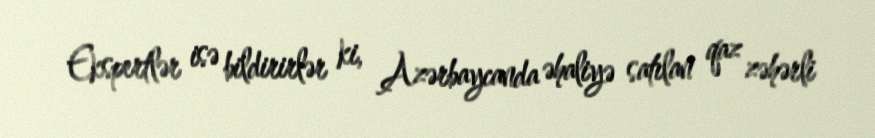
Ekspertlər isə bildirirlər ki, Azərbaycanda əhaliyə satılan qaz zəhərli